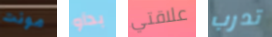
مونت بدأو علاقتي تدرب